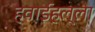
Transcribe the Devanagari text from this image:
हवाईहल्ला